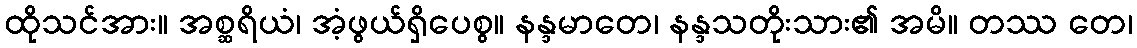
ထိုသင်အား။ အစ္ဆရိယံ၊ အံ့ဖွယ်ရှိပေစွ။ နန္ဒမာတေ၊ နန္ဒသတိုးသား၏ အမိ။ တဿ တေ၊